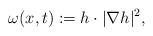
LaTeX: \begin{align*}\omega(x,t):=h\cdot|\nabla h|^2,\end{align*}